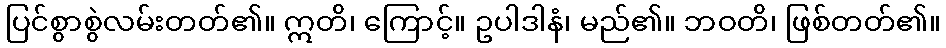
ပြင်စွာစွဲလမ်းတတ်၏။ ဣတိ၊ ကြောင့်။ ဥပါဒါနံ၊ မည်၏။ ဘဝတိ၊ ဖြစ်တတ်၏။